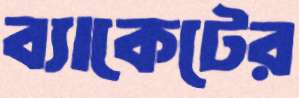
ব্যাকেটের